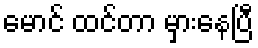
မောင် ထင်တာ မှားနေပြီ